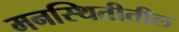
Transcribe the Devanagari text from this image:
मनस्थितीतील